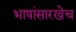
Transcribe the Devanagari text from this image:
भाषांसारखेच